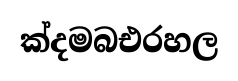
ක්දමබඑරහල